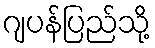
ဂျပန်ပြည်သို့